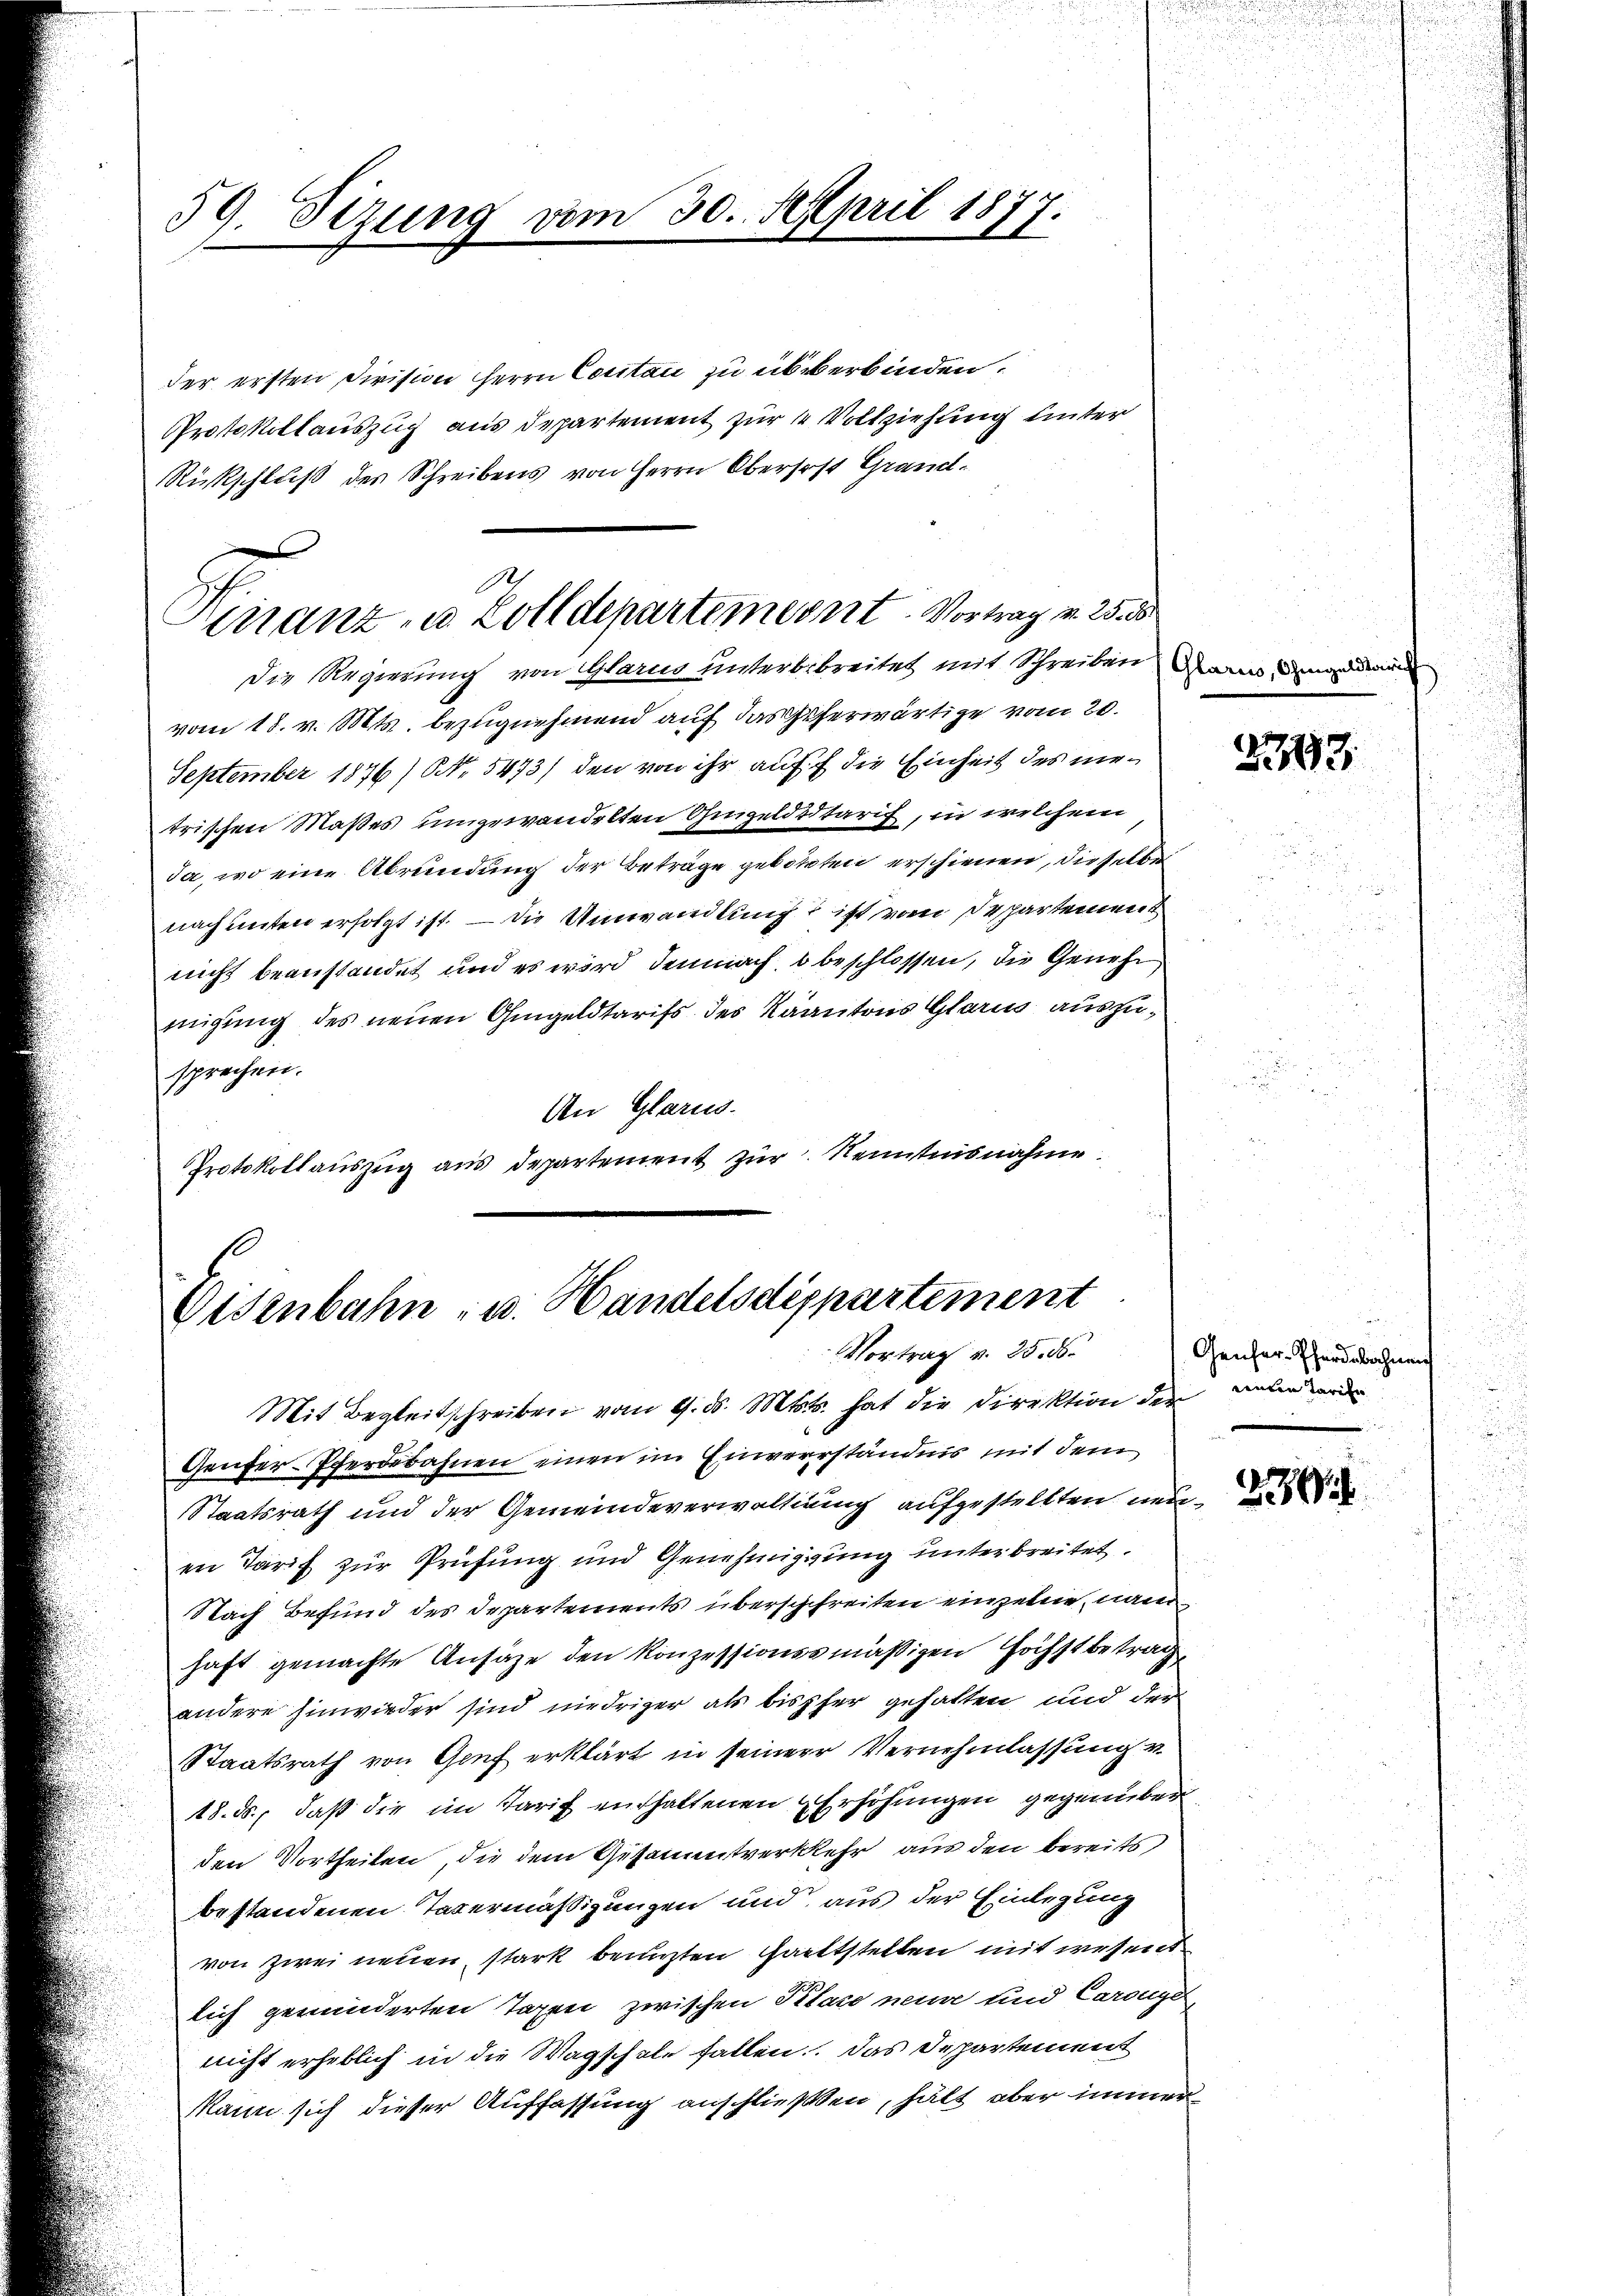
59. Sizung vom 30. April 1877.
.

der ersten Division HHerrn Cocitan zu überbinden.
Protokollauszug aus Departement zur Vollziehung unter
Rückschluß des Schreibens von Herrn Obersaft Grand-
Die Regierung von Glarus unterbibreitet mit Schreiben an den
vom 18. v. Mts. bezugnehmend auf das Geserwärtige vom 20.
September 1876/ NNo. 5473) den von ihr auf die Einheit des nietrischen Maßes umgewandelten Ohmgeldstaris, in welchem
da, wo eine Abrundung der Beträge geboten erschienen, dieselbe
nach unten erfolgt ist. — Die Umwandlung ist vom Departement
nicht beanstandet und es wird demnach d beschlossen, die Genehmigung des neuen Gingeldtarifs des Kantons Glarus auszusprechen.
An Glarus.
Protokollauszug aus departement zur Kenntnisnahme

Ah
Hirranz- u. Zolldepartement. Vortrag v. 25. 15

Osenbahn- u. Handelsdeppartement
Vortrag v. 25. 56.

Mit Begleitschreiben vom 9. ds. Mts. hat die Direktion der valen werde
Genfer-Pferdebahnen einen im Einverständnis mit dem
Staatsrath und der Gemeindeverwaltung aufgestellten neue
en Tarif zur Prüfung und Genehmigung unterbreitet.
Nach Befund des Departements überschreiten einzelne, namen
haft gemachte Ansätze den konzessionssmäßigen Höchstbeträgandere hinwieder sind niedriger als bisher gehalten und der
Staatsrath von Genf erklärt in seiner Vernehmlassung v
18. ds., daß die im Tarif enthaltenen Erhöhungen gegenüber
den Vortheilen, die dem Gesammtverkehr aus den bereits
bestandenen Tavermäßigungen und aus der Einlegung
von zwei neuen, stark benuzten Gattstellen mit wesend
lich geminderten Tagen zwischen Place neue und Carouger
nicht erheblich in die Wagschale fallen. Das Departement
Mann sich dieser Auffassung anschließten, hält aber immer¬

2197

H

Genfer-Pferdebahnen